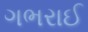
ગભરાઈ